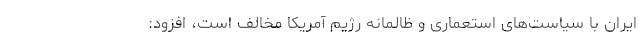
ایران با سیاست‌های استعماری و ظالمانه رژیم آمریکا مخالف است، افزود: